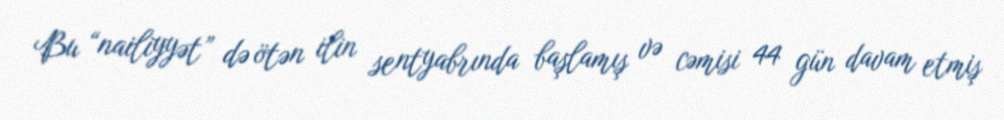
Bu “nailiyyət” də ötən ilin sentyabrında başlamış və cəmisi 44 gün davam etmiş